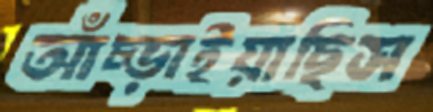
আঁচ্‌ড়াইয়াছিস